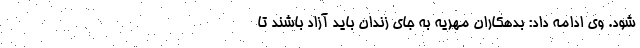
شود. وی ادامه داد: بدهکاران مهریه به جای زندان باید آزاد باشند تا